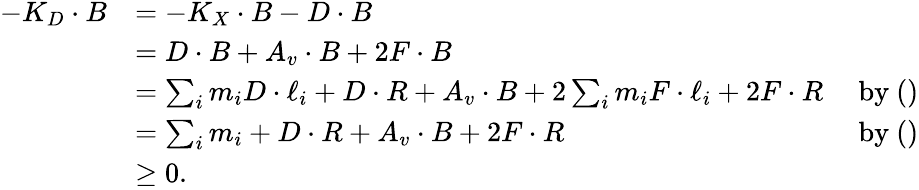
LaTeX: \begin{array}{rlr}{-K_{D}\cdot B}&{=-K_{X}\cdot B-D\cdot B}\\ &{=D\cdot B+A_{v}\cdot B+2F\cdot B}\\ &{=\sum_{i}m_{i}D\cdot\ell_{i}+D\cdot R+A_{v}\cdot B+2\sum_{i}m_{i}F\cdot\ell_{i}+2F\cdot R}&{\mathrm{~by~()}}\\ &{=\sum_{i}m_{i}+D\cdot R+A_{v}\cdot B+2F\cdot R}&{\mathrm{~by~()}}\\ &{\geq 0.}\end{array}